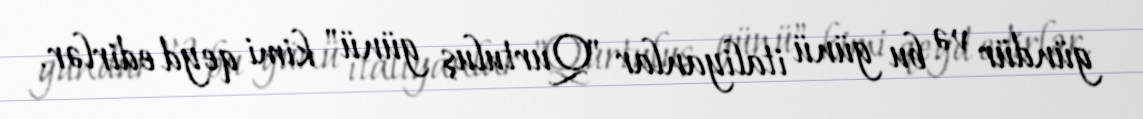
gündür və bu günü italiyanlar "Qurtuluş günü" kimi qeyd edirlər.